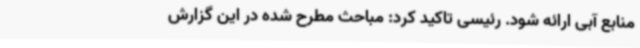
منابع آبی ارائه شود. رئیسی تاکید کرد: مباحث مطرح شده در این گزارش